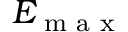
E _ { \textrm { m a x } }